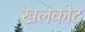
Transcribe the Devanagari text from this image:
खलकोट